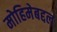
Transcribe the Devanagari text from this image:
मोहिमेबद्दल